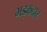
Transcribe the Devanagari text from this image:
भड़कदार